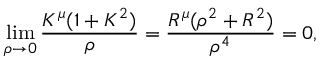
\operatorname * { l i m } _ { \rho \to 0 } \frac { K ^ { \mu } ( 1 + K ^ { 2 } ) } { \rho } = \frac { R ^ { \mu } ( \rho ^ { 2 } + R ^ { 2 } ) } { \rho ^ { 4 } } = 0 ,